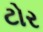
ટોર